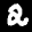
Label: 2